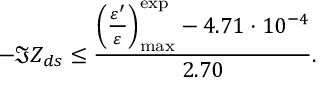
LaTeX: - \Im Z _ { d s } \le \frac { \left( \frac { \varepsilon ^ { \prime } } { \varepsilon } \right) _ { \mathrm { m a x } } ^ { \mathrm { e x p } } - 4 . 7 1 \cdot 1 0 ^ { - 4 } } { 2 . 7 0 } .